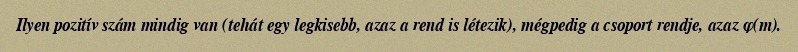
Ilyen pozitív szám mindig van (tehát egy legkisebb, azaz a rend is létezik), mégpedig a csoport rendje, azaz φ(m).